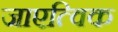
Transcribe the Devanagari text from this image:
जाएत्विक